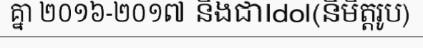
គ្នា ២០១៦-២០១៧ និងជាIdol(និមិត្តរូប)